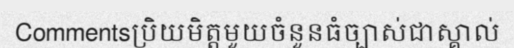
Commentsប្រិយមិត្តមួយចំនួនធំច្បាស់ជាស្គាល់